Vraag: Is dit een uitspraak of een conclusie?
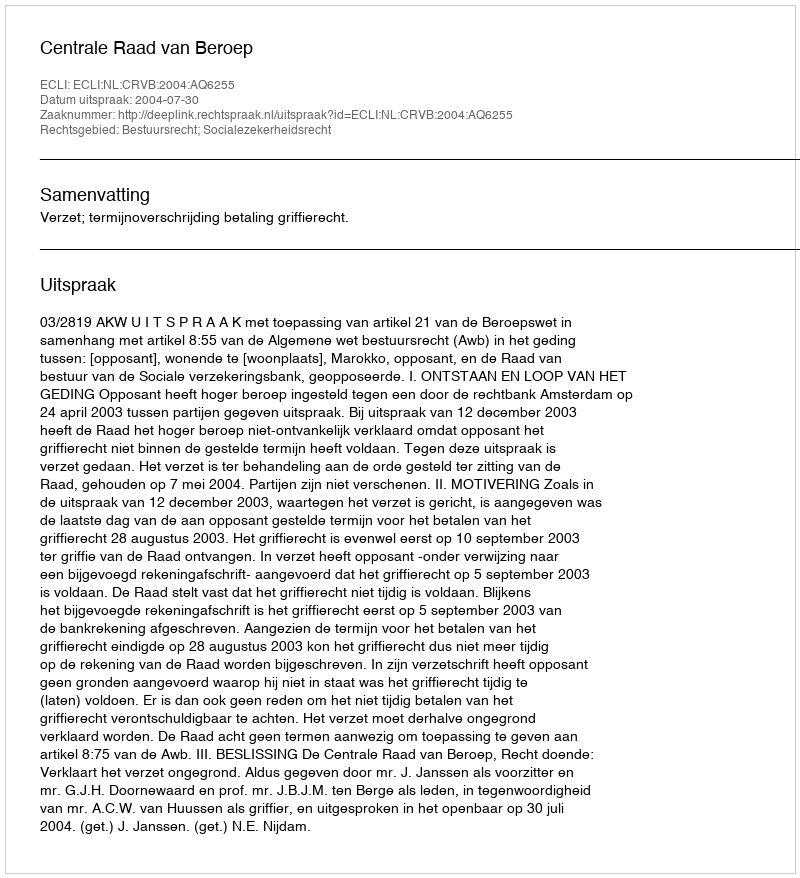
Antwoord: Uitspraak